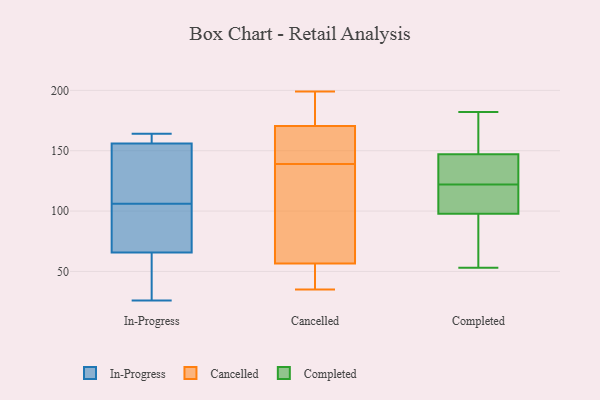
{"axis": {"x": "Net Income (USD K)", "y": "Value"}, "legend": ["Cancelled", "Completed", "In-Progress"], "data": [{"x": "", "y": 141, "type": "In-Progress"}, {"x": "", "y": 116, "type": "In-Progress"}, {"x": "", "y": 70, "type": "In-Progress"}, {"x": "", "y": 50, "type": "In-Progress"}, {"x": "", "y": 53, "type": "In-Progress"}, {"x": "", "y": 156, "type": "In-Progress"}, {"x": "", "y": 26, "type": "In-Progress"}, {"x": "", "y": 158, "type": "In-Progress"}, {"x": "", "y": 164, "type": "In-Progress"}, {"x": "", "y": 147, "type": "In-Progress"}, {"x": "", "y": 83, "type": "In-Progress"}, {"x": "", "y": 93, "type": "In-Progress"}, {"x": "", "y": 106, "type": "In-Progress"}, {"x": "", "y": 156, "type": "In-Progress"}, {"x": "", "y": 33, "type": "In-Progress"}, {"x": "", "y": 103, "type": "In-Progress"}, {"x": "", "y": 164, "type": "In-Progress"}, {"x": "", "y": 177, "type": "Cancelled"}, {"x": "", "y": 54, "type": "Cancelled"}, {"x": "", "y": 37, "type": "Cancelled"}, {"x": "", "y": 171, "type": "Cancelled"}, {"x": "", "y": 157, "type": "Cancelled"}, {"x": "", "y": 35, "type": "Cancelled"}, {"x": "", "y": 139, "type": "Cancelled"}, {"x": "", "y": 64, "type": "Cancelled"}, {"x": "", "y": 169, "type": "Cancelled"}, {"x": "", "y": 199, "type": "Cancelled"}, {"x": "", "y": 114, "type": "Cancelled"}, {"x": "", "y": 130, "type": "Completed"}, {"x": "", "y": 182, "type": "Completed"}, {"x": "", "y": 100, "type": "Completed"}, {"x": "", "y": 161, "type": "Completed"}, {"x": "", "y": 122, "type": "Completed"}, {"x": "", "y": 117, "type": "Completed"}, {"x": "", "y": 145, "type": "Completed"}, {"x": "", "y": 91, "type": "Completed"}, {"x": "", "y": 53, "type": "Completed"}, {"x": "", "y": 102, "type": "Completed"}, {"x": "", "y": 153, "type": "Completed"}, {"x": "", "y": 76, "type": "Completed"}, {"x": "", "y": 132, "type": "Completed"}]}